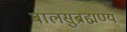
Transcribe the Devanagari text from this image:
बालसुब्रह्मण्य